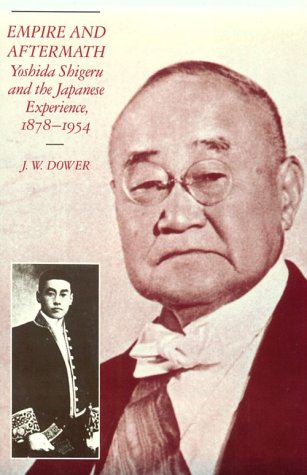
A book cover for Empire and Aftermath: Yoshida Shigeru and the Japanese Experience, 1878-1954 (Harvard East Asian Monographs); J. W. Dower; Biographies & Memoirs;